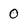
Character: 0